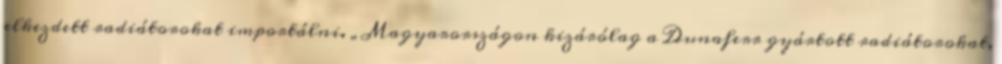
elkezdett radiátorokat importálni. „Magyarországon kizárólag a Dunaferr gyártott radiátorokat,